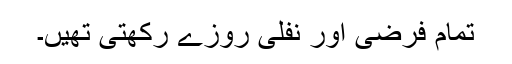
تمام فرضی اور نفلی روزے رکھتی تھیں۔